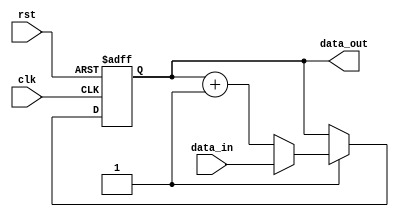

`timescale 1ns/1ns

module Counter( 
    input clk,
    input rst, 
    input [31:0] data_in,
    output reg [31:0] data_out
);
    wire enable, load;
    always @ (posedge clk or posedge rst) 
    begin
    
        if (rst)
            data_out <= 32'd0;
        else if (enable)
                if (load)
                    data_out <= data_in;
                else 
                    data_out <= data_out + 32'b1;
        else
            data_out <= data_out; 
    end
    
endmodule